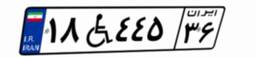
۱۸W۴۴۵۳۶